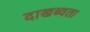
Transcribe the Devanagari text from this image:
दाखब्वता